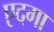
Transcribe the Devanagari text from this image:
एदगा